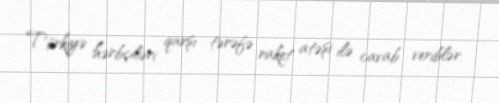
Türkiyə hərbçiləri qarşı tərəfə raket atəşi ilə cavab veriblər.